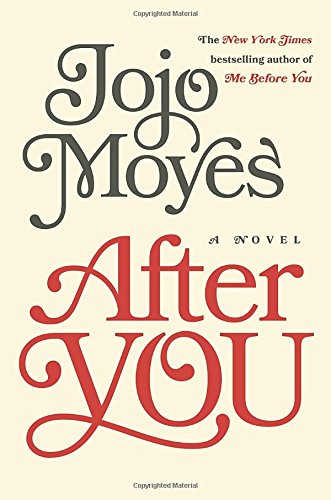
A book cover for After You: A Novel; Jojo Moyes; Romance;